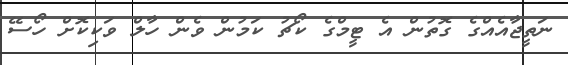
ނަތީޖާއެއްގެ ގޮތުން އެ ޓީމްގެ ކޯޗު ކަމުން ވެން ހާލް ވަކިކޮށް ހޯސޭ